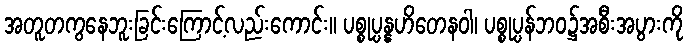
အတူတကွနေဘူးခြင်းကြောင့်လည်းကောင်း။ ပစ္စုပ္ပန္နဟိတေနဝါ၊ ပစ္စုပ္ပန်ဘဝ၌အစီးအပွားကို